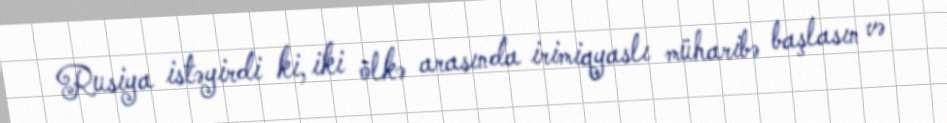
Rusiya istəyirdi ki, iki ölkə arasında irimiqyaslı müharibə başlasın və